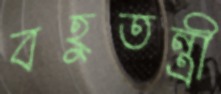
বহুতন্ত্রী